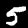
Label: 5